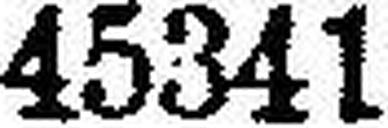
45341